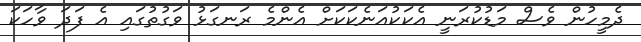
ދެމީހުން ވެސް މަޑުކުރަނީ އެކަކުއަނެކަކަށް އެންމެ ރަނގަޅު ވަގުތުގައި އެ ފަދަ ވާހަކަ